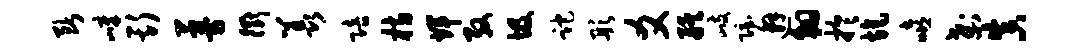
断嶂斯蔓衢羡陪枋辉殷圾跎彤爻艋歧隐邂翱於旄嘻刹真